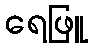
ရေဖြူ